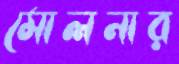
মোলনার